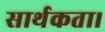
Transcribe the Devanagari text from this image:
सार्थकता।